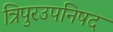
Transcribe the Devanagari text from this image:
त्रिपुरउपनिषद